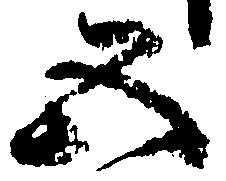
五